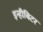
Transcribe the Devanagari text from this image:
इन्हीबिटर